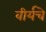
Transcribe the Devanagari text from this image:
वीर्यचे